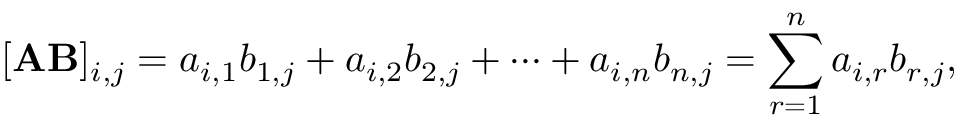
[ \mathbf { A B } ] _ { i , j } = a _ { i , 1 } b _ { 1 , j } + a _ { i , 2 } b _ { 2 , j } + \cdots + a _ { i , n } b _ { n , j } = \sum _ { r = 1 } ^ { n } a _ { i , r } b _ { r , j } ,